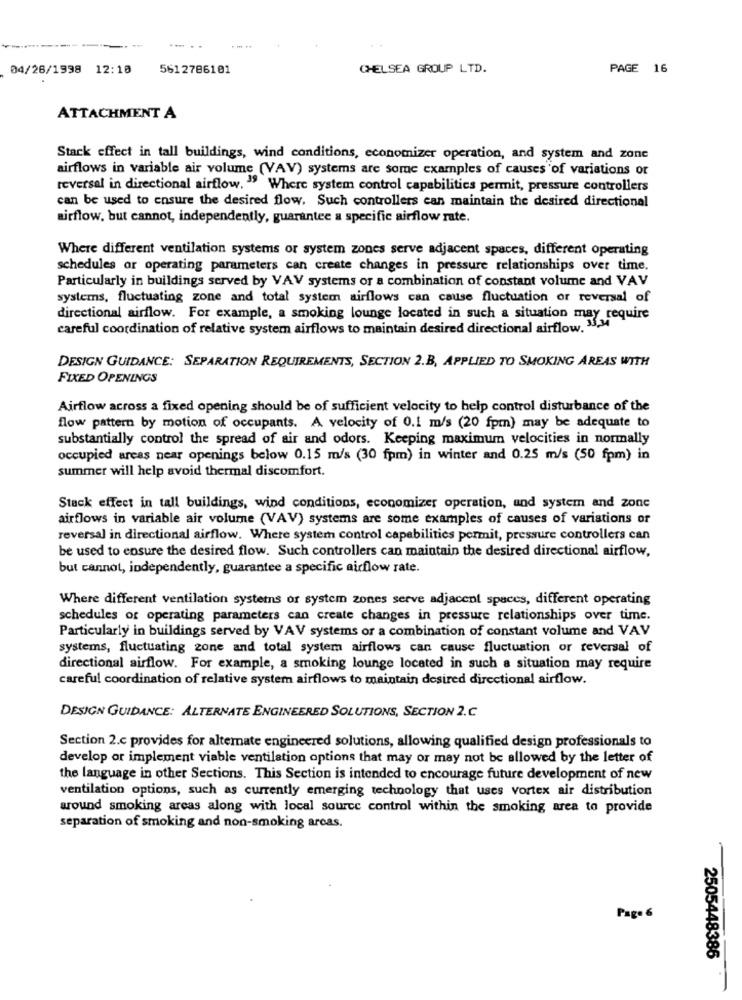
04/26/1998 12:10
5612786101
CHELSEA GROUP LTD.
PAGE 16
ATTACHMENT A
Stack effect in tall buildings, wind conditions, economizer operation, and system and zone
airflows in variable air volume (VAV) systems are some examples of causes of variations or
reversal in directional airflow. " Where system control capabilities permit, pressure controllers
can be used to ensure the desired flow, Such controllers can maintain the desired directional
airflow, but cannot, independently, guarantee a specific airflow rate.
Where different ventilation systems or system zones serve adjacent spaces, different operating
schedules or operating parameters can create changes in pressure relationships over time.
Particularly in buildings served by VAV systems or a combination of constant volume and VAV
systems, fluctuating zone and total system airflows can cause fluctuation or reversal of
directional airflow. For example, a smoking lounge located in such a situation may require
careful coordination of relative system airflows to maintain desired directional airflow. 3534
DESIGN GUIDANCE: SEPARATION REQUIREMENTS, SECTION 2.B. APPLIED TO SMOKING AREAS WITH
FIXED OPENINGS
Airflow across a fixed opening should be of sufficient velocity to help control disturbance of the
flow pattern by motion of occupants. A velocity of 0.1 m/s (20 fpm) may be adequate to
substantially control the spread of air and odors. Keeping maximum velocities in normally
occupied areas near openings below 0.15 m/s (30 fpm) in winter and 0.25 m/s (50 fpm) in
summer will help avoid thermal discomfort.
Stack effect in tall buildings, wind conditions, economizer operation, and system and zone
airflows in variable air volume (VAV) systems are some examples of causes of variations or
reversal in directional airflow. Where system control capabilities permit, pressure controllers can
be used to ensure the desired flow. Such controllers can maintain the desired directional airflow,
but cannot, independently, guarantee a specific airflow rate.
Where different ventilation systemns or system zones serve adjacent spaces, different operating
schedules of operating parameters can create changes in pressure relationships over time.
Particularly in buildings served by VAV systems or a combination of constant volume and VAV
systems, fluctuating zone and total system airflows can cause fluctuation or reversal of
directional airflow. For example, a smoking lounge located in such a situation may require
careful coordination of relative system airflows to maintain desired directional airflow.
DESIGN GUIDANCE: ALTERNATE ENGINEERED SOLUTIONS, SECTION 2.C
Section 2.c provides for alternate engineered solutions, allowing qualified design professionals to
develop or implement viable ventilation options that may or may not be allowed by the letter of
the language in other Sections. This Section is intended to encourage future development of new
ventilation options, such as currently emerging technology that uses vortex air distribution
around smoking areas along with local source control within the smoking area to provide
separation of smoking and non-smoking arcas.
Page 6
2505448386